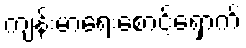
ကျန်းမာရေးစောင့်ရှောက်